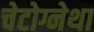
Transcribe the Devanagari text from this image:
चेटोग्नेथा